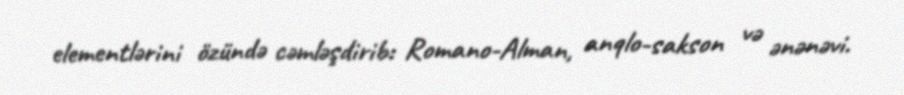
elementlərini özündə cəmləşdirib: Romano-Alman, anqlo-sakson və ənənəvi.